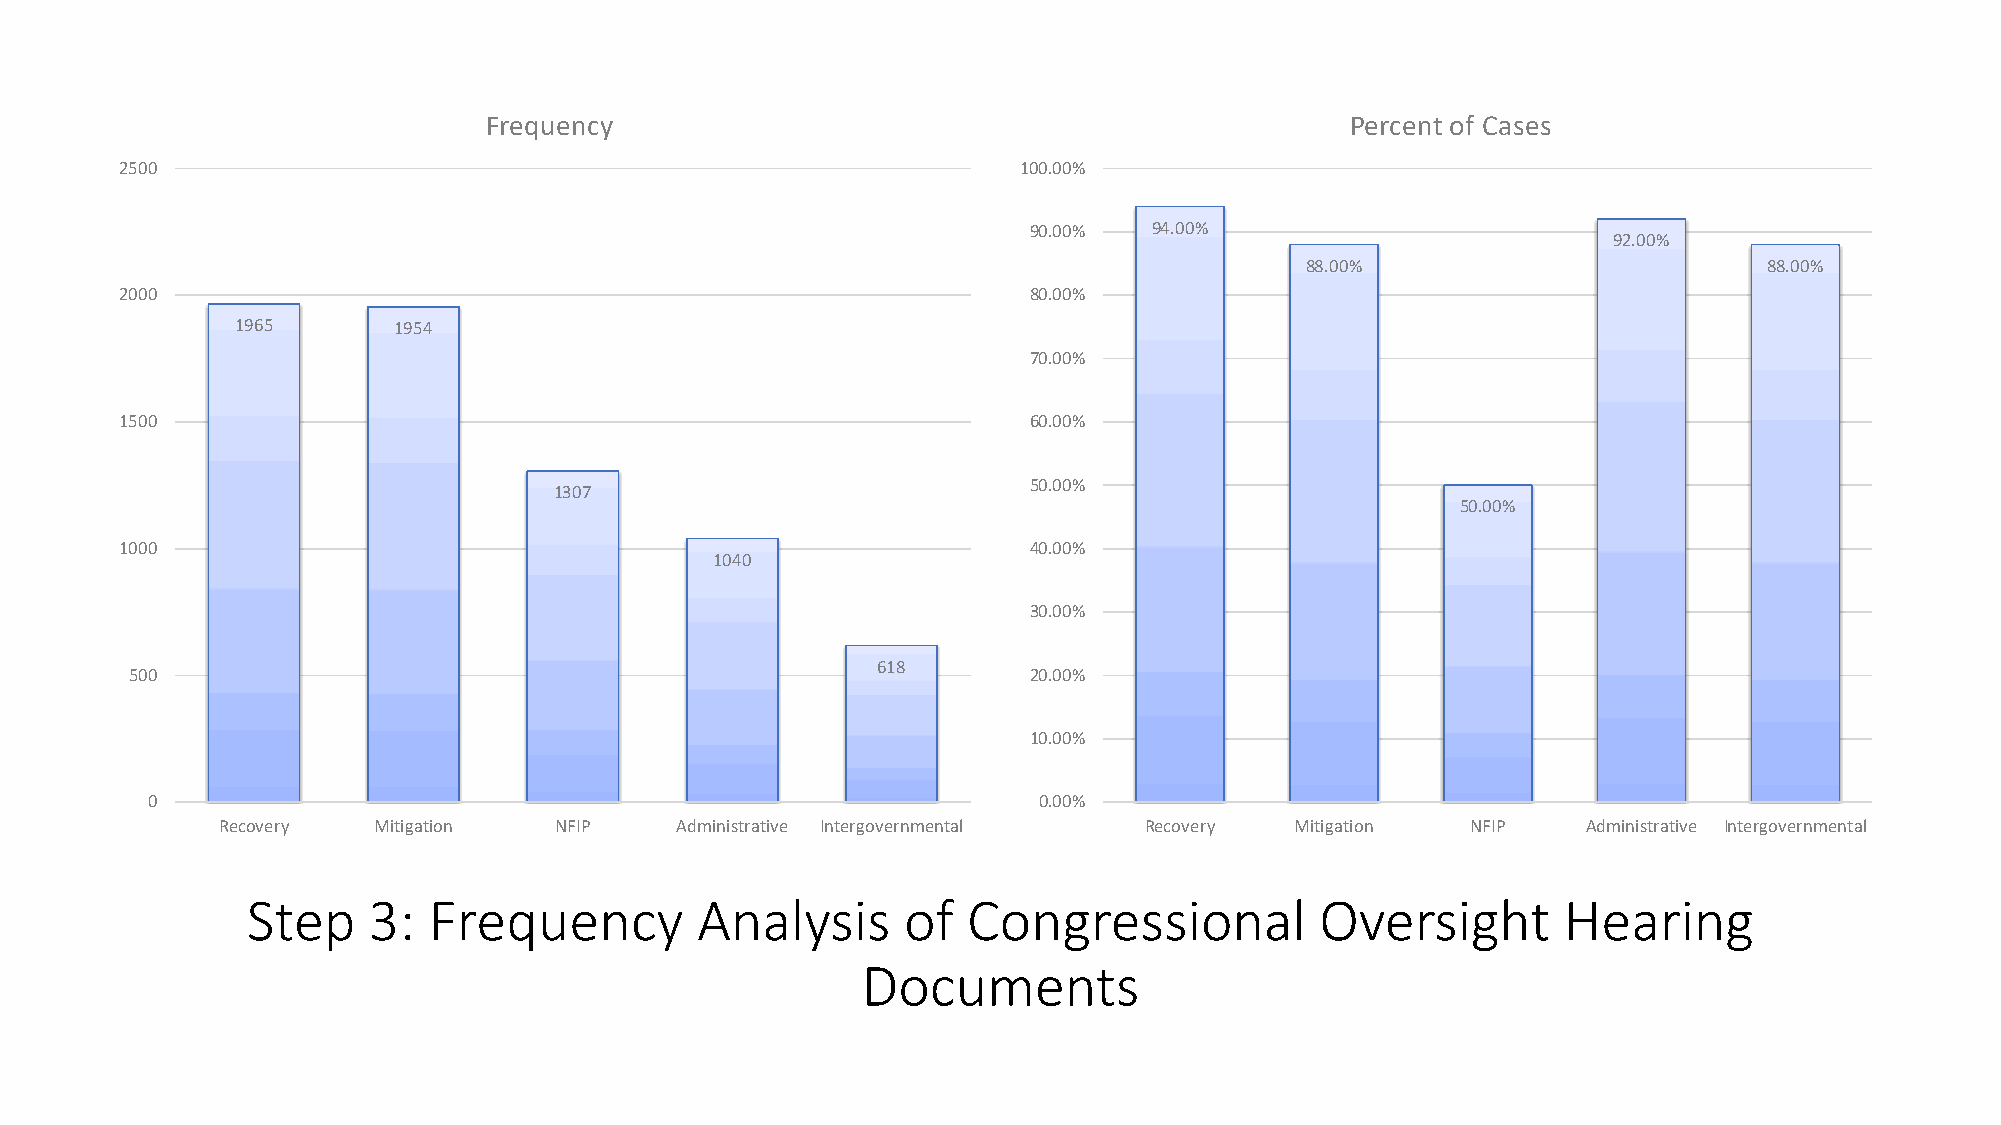
Frequency                                                Percent of Cases
 2500                                                       100.00%
 90.00%  94.00%
 92.00%
 88.00%                         88.00%
 2000                                                        80.00%
 1965      1954
 70.00%
 1500                                                        60.00%
 50.00%
 1307
 50.00%
 1000                                                        40.00%
 1040
 30.00%
 618
 500                                                        20.00%
 10.00%
 0                                                          0.00%
 Recovery   Mitigation  NFIP    Administrative Intergovernmental Recovery Mitigation NFIP   Administrative Intergovernmental
 Step    3:  Frequency         Analysis      of  Congressional          Oversight       Hearing
 Documents